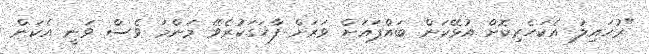
"ރުހައިލު އެކަހެރިކޮށް އުޅޭކަން ބައްޕައަށް ވަރަށް ފާހަގަކުރެވޭ މަންމަ ވެސް ވަނީ އެކަން